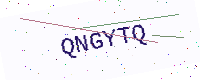
Text: QNGYTQ